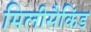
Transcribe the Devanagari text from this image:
मिलीसैकिंड